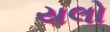
યલો